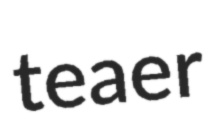
teaer